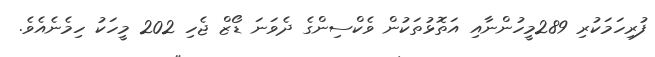
ފުރިހަމަކުރި 289މީހުންނާއި އަތޮޅުތަކުން ވެކްސިންގެ ދެވަނަ ޑޯޒް ޖެހި 202 މީހަކު ހިމެނެއެވެ.